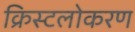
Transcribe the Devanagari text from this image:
क्रिस्टलोकरण